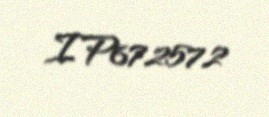
IP672572